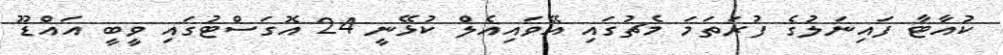
ކުއާޓާ ފައިނަލުގެ ފުރަތަމަ މެޗުގައި އޭވައިއެލް ކުޅޭނީ 24 އޮގަސްޓުގައި ވީބީ އައްޑޫ